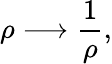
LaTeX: \rho\longrightarrow\frac{1}{\rho},